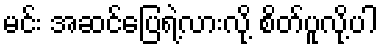
မင်း အဆင်ပြေရဲ့လားလို့ စိတ်ပူလို့ပါ